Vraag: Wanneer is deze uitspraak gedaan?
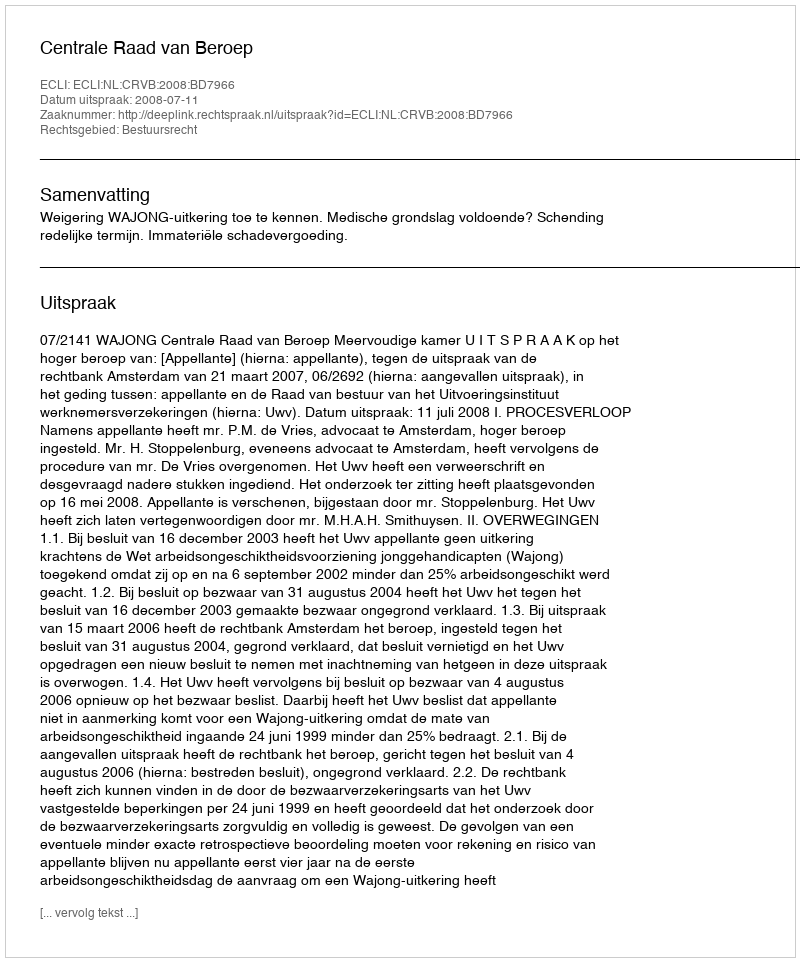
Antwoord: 2008-07-11